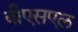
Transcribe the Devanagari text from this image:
बीएसएल